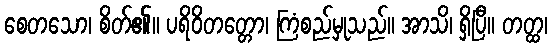
စေတသော၊ စိတ်၏။ ပရိဝိတတ္တော၊ ကြံစည်မှုသည်။ အာသိ၊ ရှိပြီ။ တတ္ထ၊